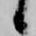
候